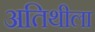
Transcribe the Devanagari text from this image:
अतिथीला